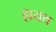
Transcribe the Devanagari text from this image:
हायथ